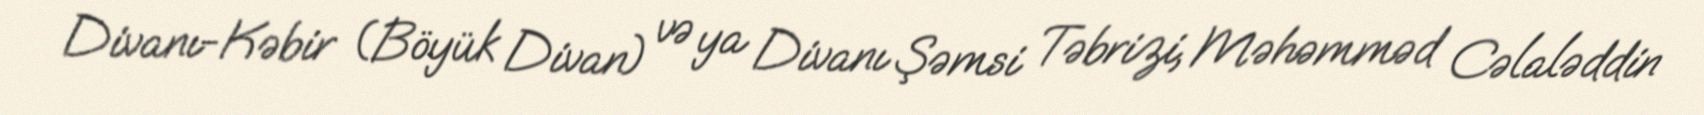
Divanı-Kəbir (Böyük Divan) və ya Divanı Şəmsi Təbrizi, Məhəmməd Cəlaləddin